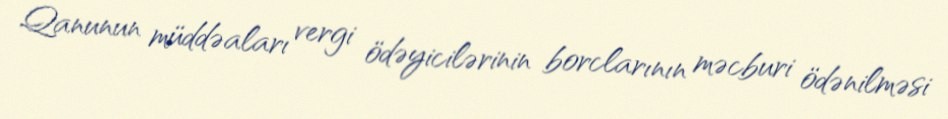
Qanunun müddəaları vergi ödəyicilərinin borclarının məcburi ödənilməsi